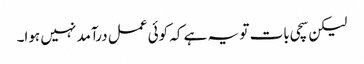
لیکن سچی بات تو یہ ہے کہ کوئی عمل درآمد نہیں ہوا۔